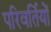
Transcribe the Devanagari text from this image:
परिवर्तियों